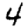
Digit: 4